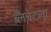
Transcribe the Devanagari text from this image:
ब्लँचेटला